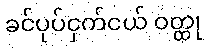
ခင်ပုပ်ငှက်ငယ် ဝတ္ထု